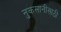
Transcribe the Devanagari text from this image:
नुकसानीसाठी